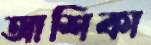
আশিকা